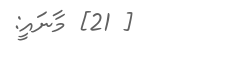
[ 21] މާނައީ: